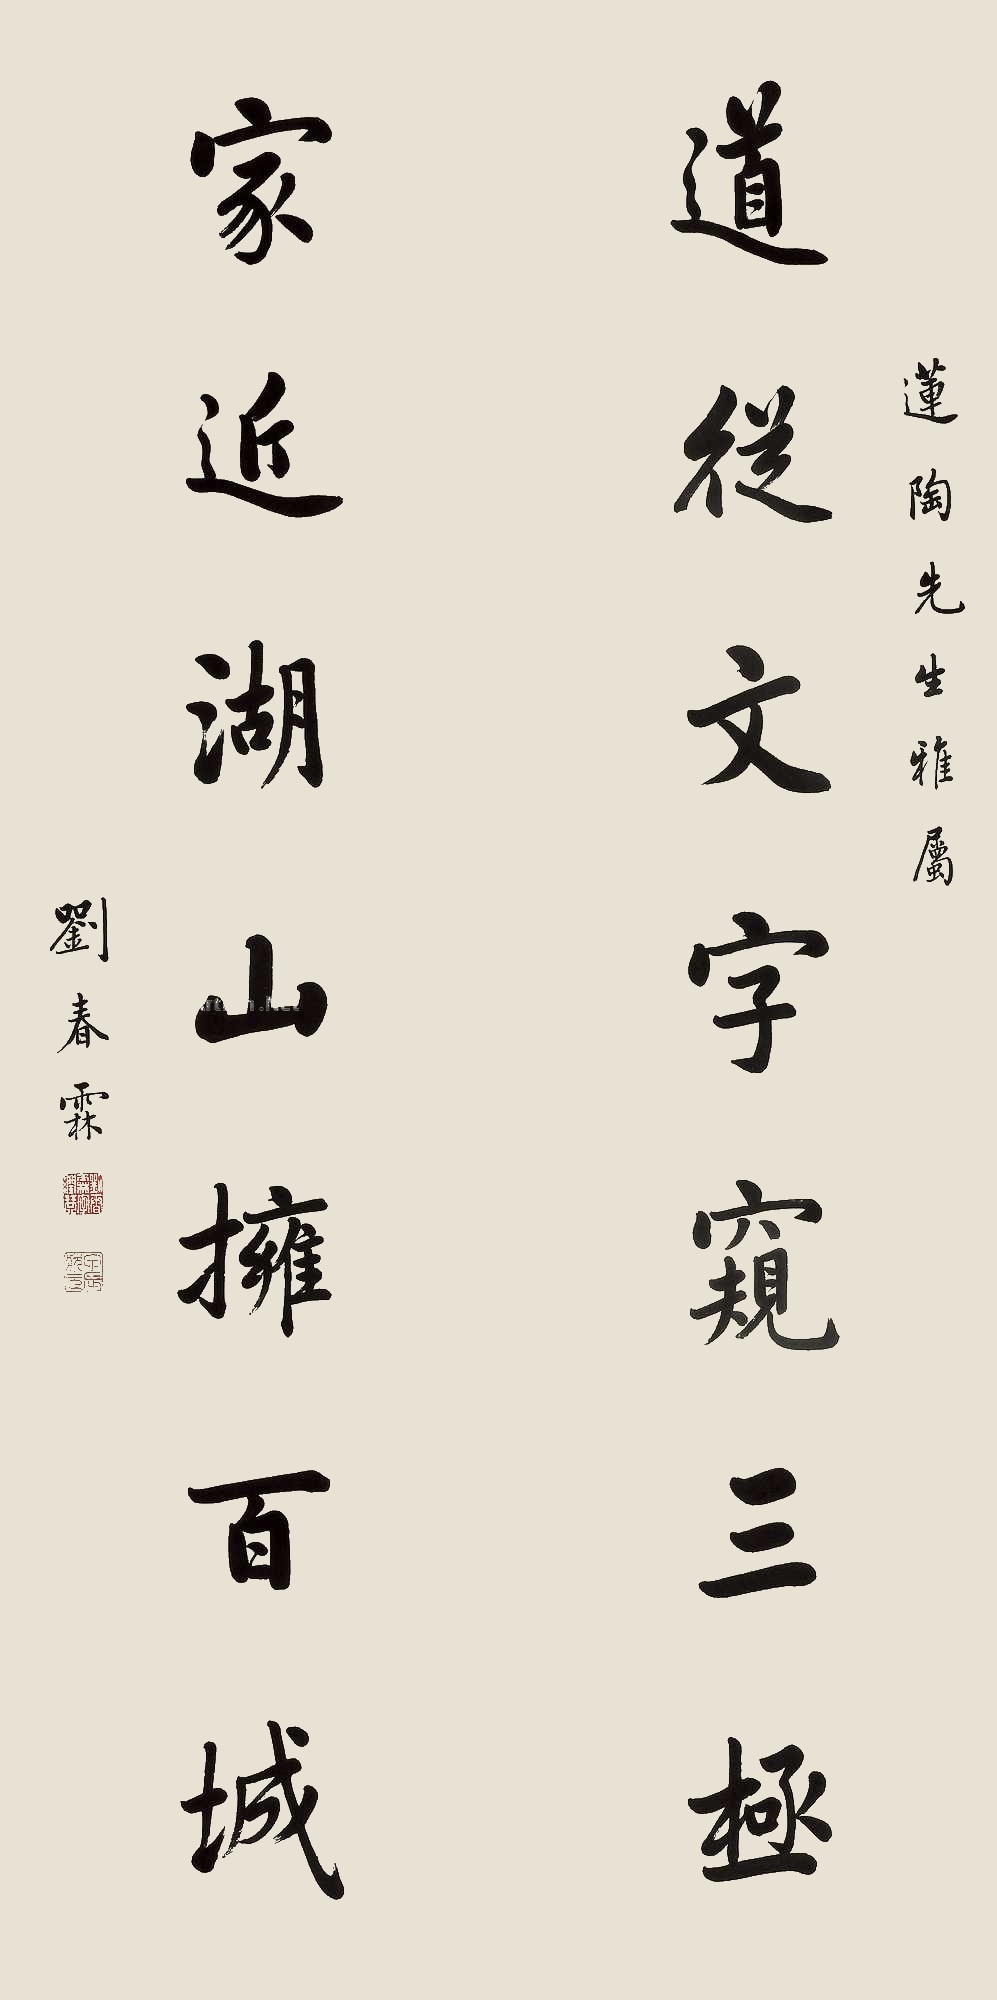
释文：道从文字窥三极，家近湖山拥百城。莲陶先生雅属，刘春霖。